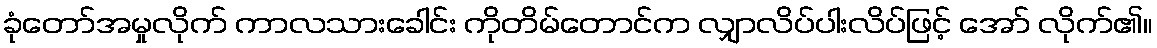
ခုံတော်အမှုလိုက် ကာလသားခေါင်း ကိုတိမ်တောင်က လျှာလိပ်ပါးလိပ်ဖြင့် အော် လိုက်၏။